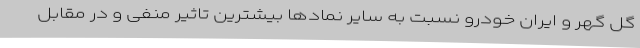
گل گهر و ایران خودرو نسبت به سایر نمادها بیشترین تاثیر منفی و در مقابل